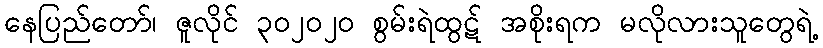
နေပြည်တော်၊ ဇူလိုင် ၃၀၂၀၂၀ စွမ်းရဲထွဋ် အစိုးရက မလိုလားသူတွေရဲ့